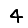
Digit: 4